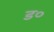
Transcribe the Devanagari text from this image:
ड०